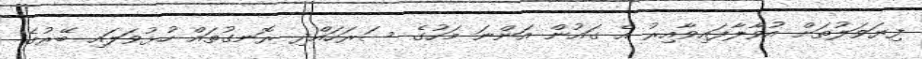
ފިޔަވަލުތަށް އުވާލާފައިވާއިރު އެ ގައުން އަންނަ މަހުގެ ސަރަހައްދި ރޮނގުތައް ހުޅުވަލައި ބޭރުގެ